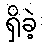
ရှိခဲ့